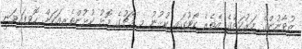
ޒުވާނުންގެ މަރުކަޒުގެ އެތެރެ ކޯޓުގައި ކުޅުނު މި މެޗުގެ މޮޅު ކުޅުންތެރިއަކަށް ހޮވިފައިވަނީ